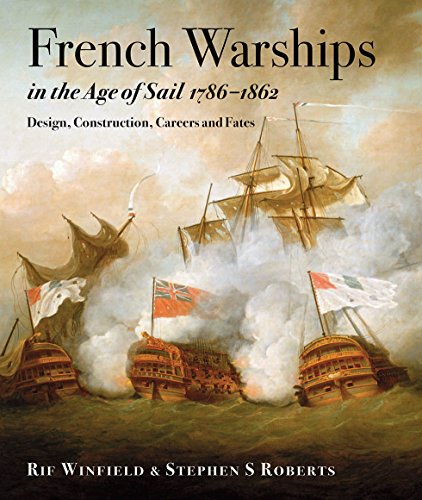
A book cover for French Warships in the Age of Sail, 1786-1862: Design, Construction, Careers and Fates; Rin Winfield; Engineering & Transportation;